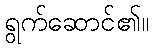
ရွက်ဆောင်၏။